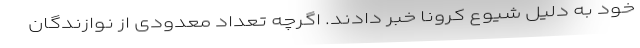
خود به دلیل شیوع کرونا خبر دادند. اگرچه تعداد معدودی از نوازندگان